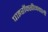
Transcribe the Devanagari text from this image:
पाइरॉक्सीनवाली